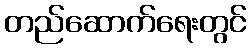
တည်ဆောက်ရေးတွင်